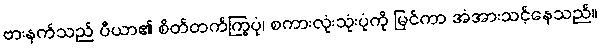
ဗားနက်သည် ပီယာ၏ စိတ်တက်ကြွပုံ၊ စကားလုံးသုံးပုံကို မြင်ကာ အံအားသင့်နေသည်။